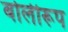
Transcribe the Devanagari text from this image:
बोलीरूप